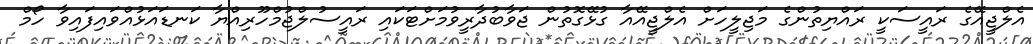
އެލްޖީއޭގެ ރައީސަކީ ރައްޔިތުންގެ މަޖިލީހަށް އެލްޖީއޭއާ ގުޅޭގޮތުން ޖަވާބުދާރީވުމަށްޓަކައި ރައީސުލްޖުމްހޫރިއްޔާ ކަނޑައަޅުއްވައިފައިވާ ހޯމް